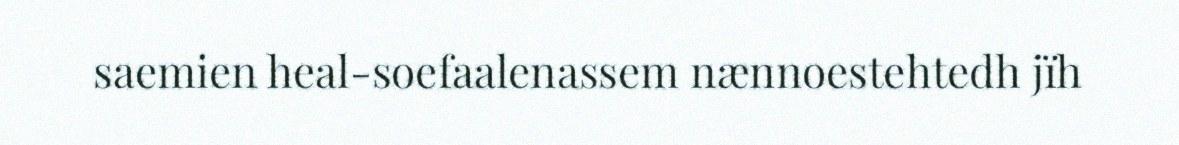
saemien heal-soefaalenassem nænnoestehtedh jïh